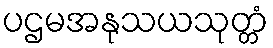
ပဌမအနုသယသုတ္တံ